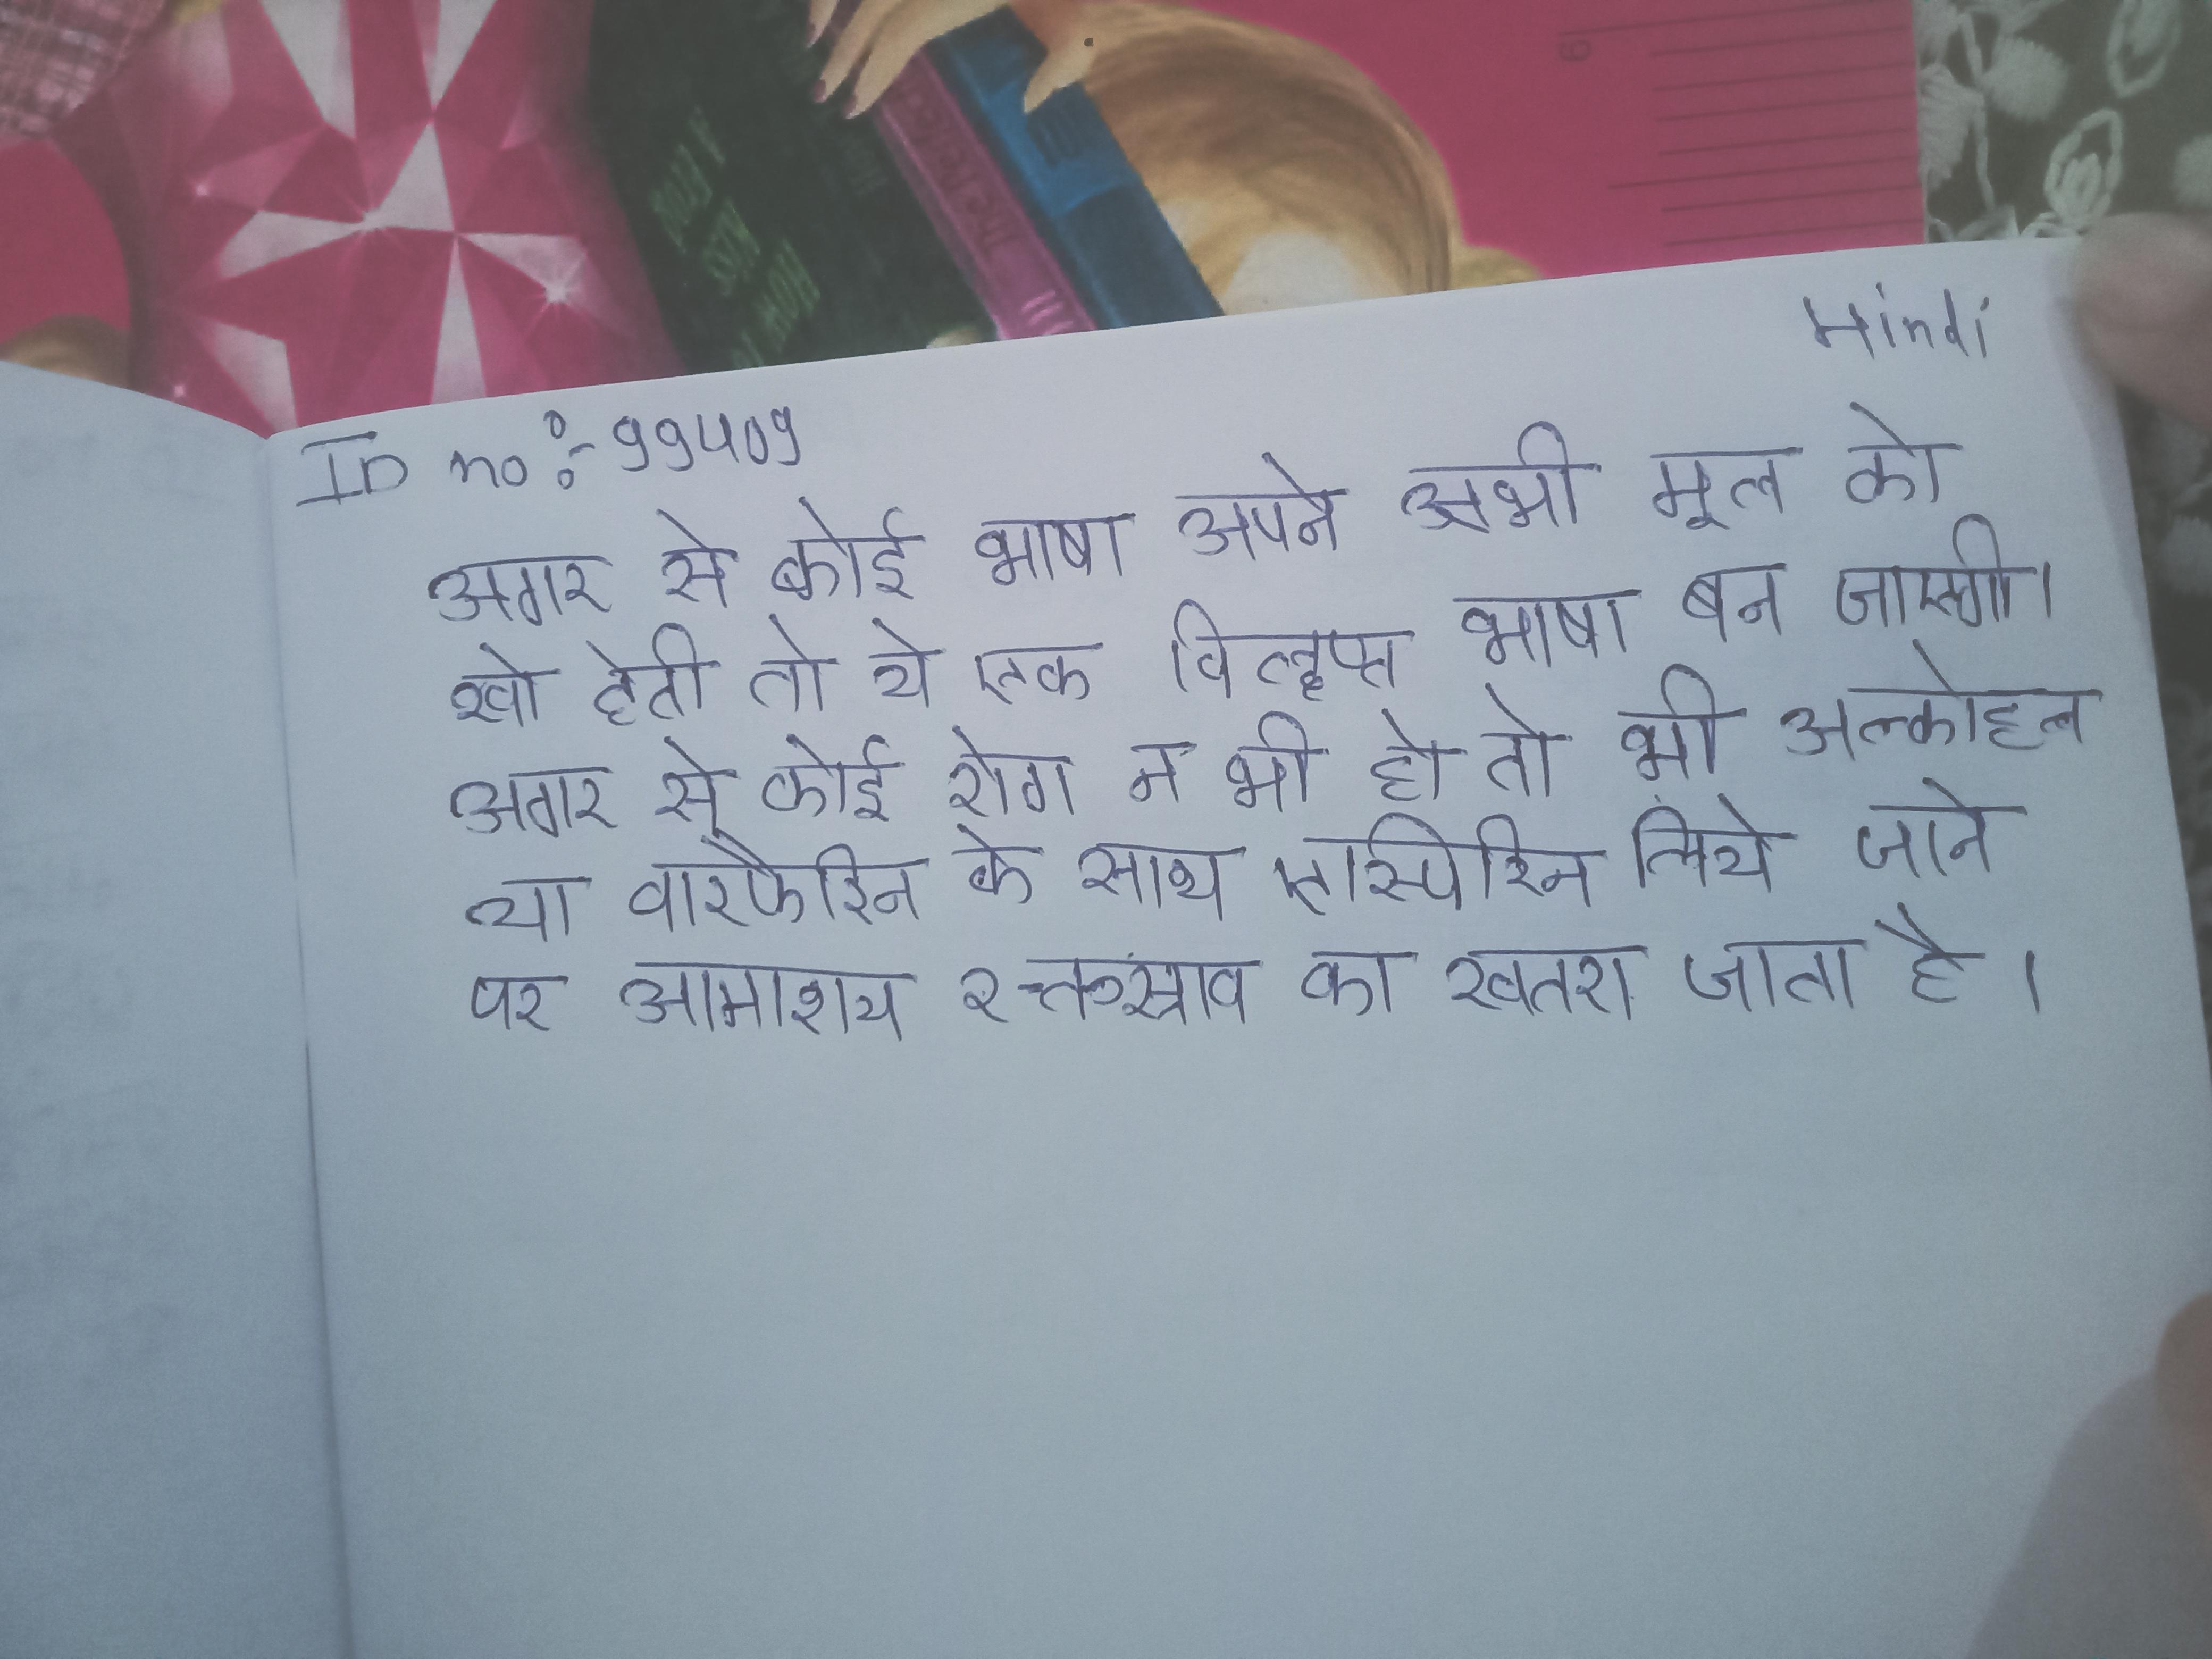
अगर से कोई भाषा अपने सभी मूल को खो देती तो ये एक विलुप्त भाषा बन जायेगी । अगर से कोई रोग न भी हो तो भी अल्कोहल या वारफैरिन के साथ एस्पिरिन लिये जाने पर आमाशय रक्तस्राव का खतरा जाता है ।